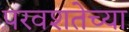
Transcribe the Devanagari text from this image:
परवशतेच्या